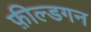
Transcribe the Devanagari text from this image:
फ़ील्डगन